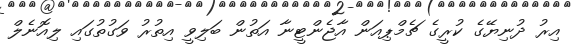
އިރު ދުނިޔޭގެ ކުރީގެ ޗެމްޕިއަން އާޖެންޓީނާ އަތުން ބަލިވީ އިތުރު ވަގުތުގައި ލިއޮނެލް